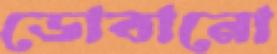
ডোবানো